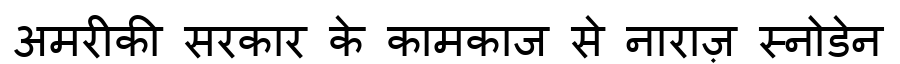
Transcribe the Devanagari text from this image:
अमरीकी सरकार के कामकाज से नाराज़ स्नोडेन